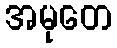
အမုတေ